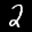
Label: 2